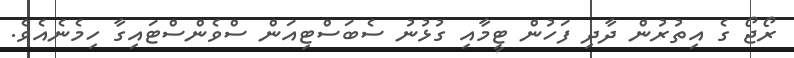
ރޯޖޯ ގެ އިތުރުން ދާދި ފަހުން ޓީމާއި ގުޅުނު ސެބަސްޓިއަން ސްވެންސްޓައިގާ ހިމެނެއެވެ.